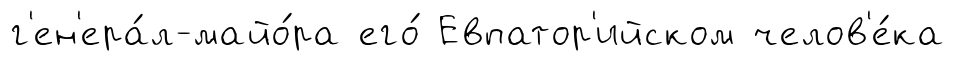
г'ен'ера́л-майо́ра его́ Евпатор'ийском челов'е́ка